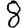
Digit: 8